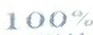
100%